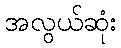
အလွယ်ဆုံး